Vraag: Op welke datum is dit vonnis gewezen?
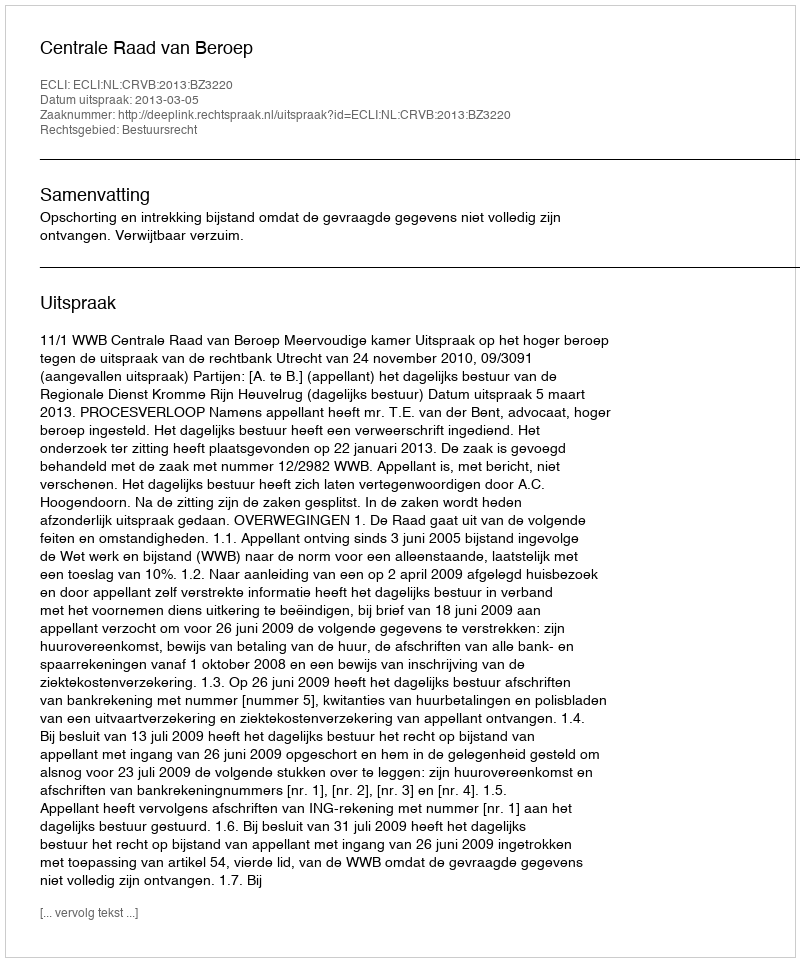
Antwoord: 2013-03-05